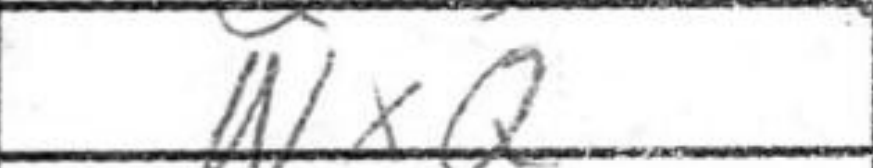
Transcription: NxQ